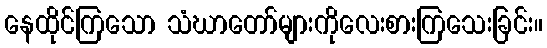
နေထိုင်ကြသော သံဃာတော်များကိုလေးစားကြသေးခြင်း။